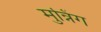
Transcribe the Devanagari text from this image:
मुन्निंग